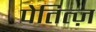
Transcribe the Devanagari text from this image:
पेतित्ज़